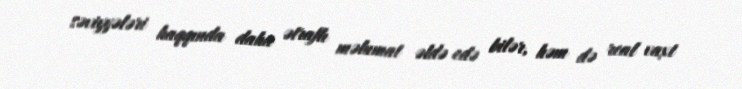
səviyyələri haqqında daha ətraflı məlumat əldə edə bilər, həm də real vaxt